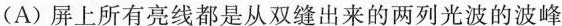
(A)屏上所有亮线都是从双缝出来的两列光波的波峰